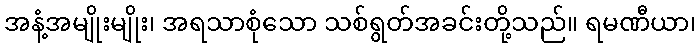
အနံ့အမျိုးမျိုး၊ အရသာစုံသော သစ်ရွတ်အခင်းတို့သည်။ ရမဏီယာ၊